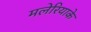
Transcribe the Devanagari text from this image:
मलेरियाके